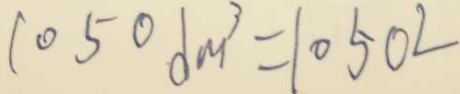
1 0 5 0 d m ^ { 3 } = 1 0 5 0 2